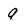
Character: q